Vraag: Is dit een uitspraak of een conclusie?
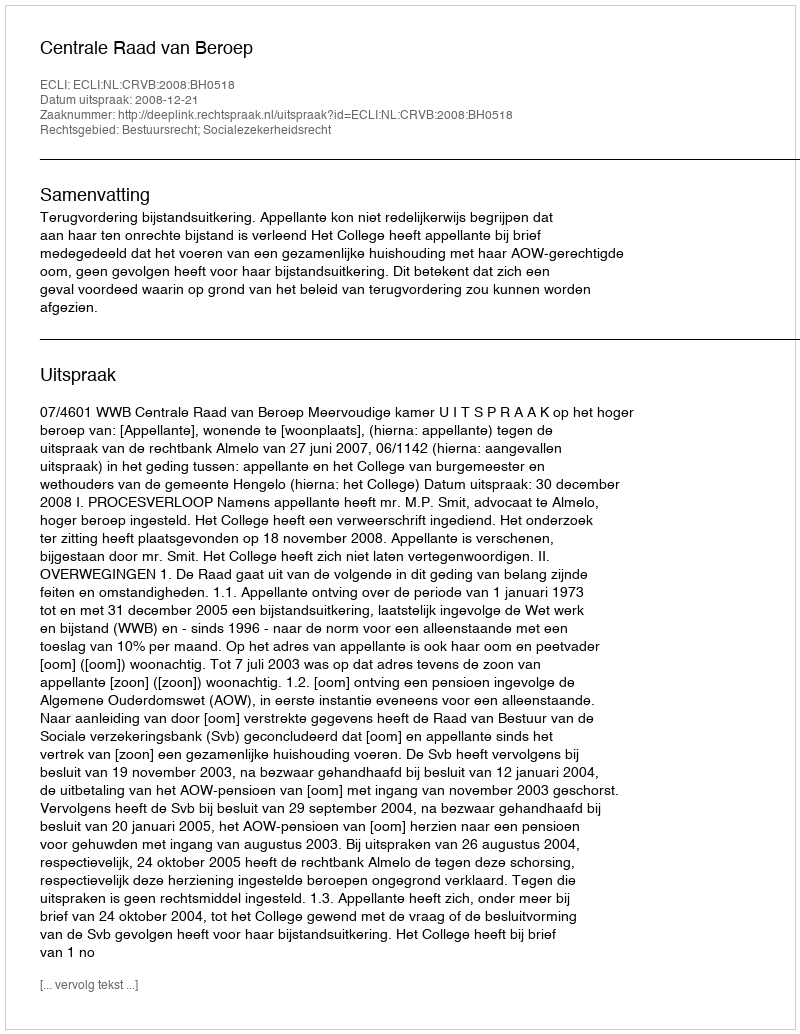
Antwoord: Uitspraak